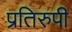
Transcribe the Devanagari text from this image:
प्रतिरुपी